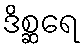
ဒိစ္ဆရေ